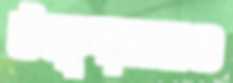
উত্পাদনও